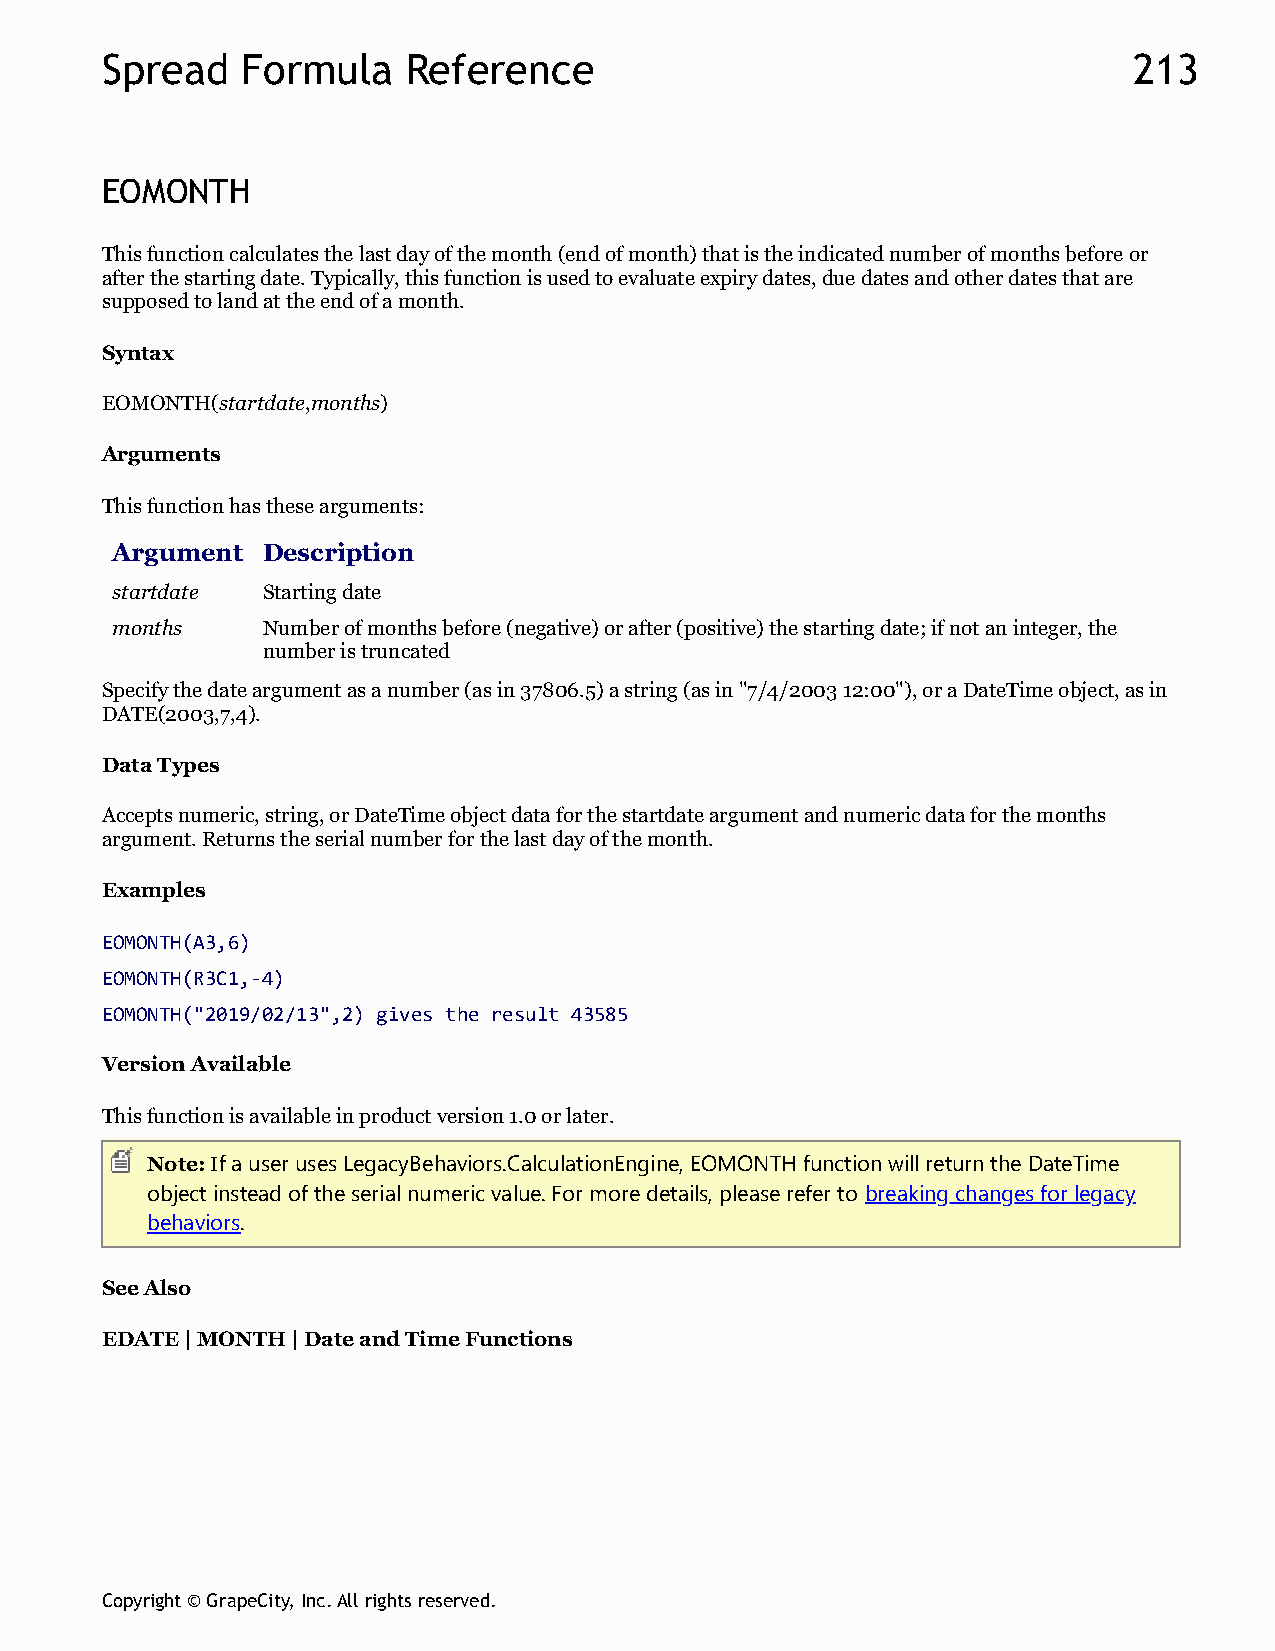
Spread   Formula    Reference                                       213
 EOMONTH
 This function calculates the last day of the month (end of month) that is the indicated number of months before or
 after the starting date. Typically, this function is used to evaluate expiry dates, due dates and other dates that are
 supposed to land at the end of a month.
 Syntax
 EOMONTH(startdate,months)
 Arguments
 This function has these arguments:
 Argument  Description
 startdate Starting date
 months    Number of months before (negative) or after (positive) the starting date; if not an integer, the
 number is truncated
 Specify the date argument as a number (as in 37806.5) a string (as in "7/4/2003 12:00"), or a DateTime object, as in
 DATE(2003,7,4).
 Data Types
 Accepts numeric, string, or DateTime object data for the startdate argument and numeric data for the months
 argument. Returns the serial number for the last day of the month.
 Examples
 EOMONTH(A3,6)
 EOMONTH(R3C1,-4)
 EOMONTH("2019/02/13",2) gives the result 43585
 Version Available
 This function is available in product version 1.0 or later.
 Note: If a user uses LegacyBehaviors.CalculationEngine, EOMONTH function will return the DateTime
 object instead of the serial numeric value. For more details, please refer to breaking changes for legacy
 behaviors.
 See Also
 EDATE | MONTH | Date and Time Functions
 Copyright © GrapeCity, Inc. All rights reserved.